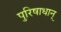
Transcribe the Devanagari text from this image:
पुरिषाधान्